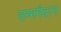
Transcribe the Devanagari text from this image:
सम्ममैदान